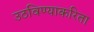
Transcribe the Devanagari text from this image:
उठविण्याकरिता